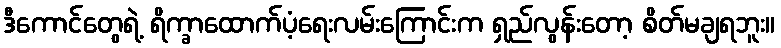
ဒီကောင်တွေရဲ့ ရိက္ခာထောက်ပံ့ရေးလမ်းကြောင်းက ရှည်လွန်းတော့ စိတ်မချရဘူး။